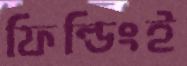
ফিল্ডিংই